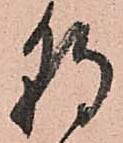
朝